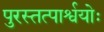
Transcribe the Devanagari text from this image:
पुरस्तत्पार्श्वयोः